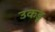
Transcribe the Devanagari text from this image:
उकडू